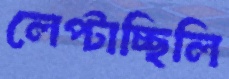
লেপ্‌টাচ্ছিলি